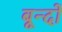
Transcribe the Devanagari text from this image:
बून्दों